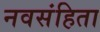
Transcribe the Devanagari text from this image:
नवसंहिता